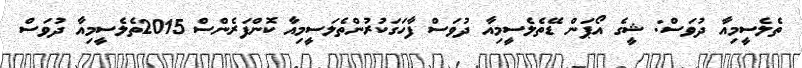
ތެލެސީމިއާ ދުވަސް: ޝީގެ އޯޕަން ޑޭތެލެސީމިއާ ދުވަސް ފާހަގަކުރުންތެލަސީމިއާ ކޮންފަރެންސް 2015ތެލެސީމިއާ ދުވަސް